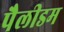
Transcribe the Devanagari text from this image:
पैलीडम